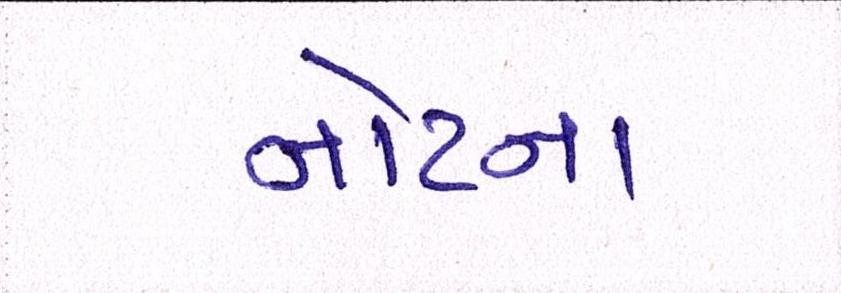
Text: નોટના